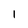
Character: 1